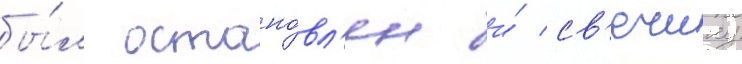
бы́л остано́вл'ен и́ св'ечину